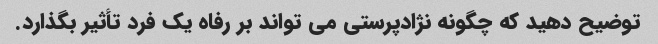
توضیح دهید که چگونه نژادپرستی می تواند بر رفاه یک فرد تأثیر بگذارد.